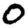
Digit: 0